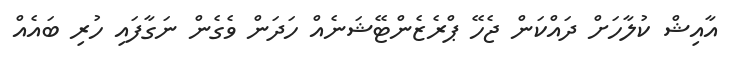
އާއިޝް ކުލާހަށް ދައްކަން ޖެހޭ ޕްރެޒެންޓޭޝަނެއް ހަދަން ވެގެން ނަގާފައި ހުރި ބައެއް